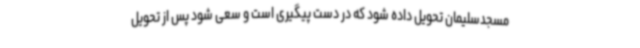
مسجدسلیمان تحویل داده شود که در دست پیگیری است و سعی شود پس از تحویل